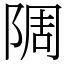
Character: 䧓